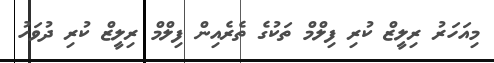
މިއަހަރު ރިލީޒް ކުރި ފިލްމް ތަކުގެ ތެރެއިން ފިލްމް ރިލީޒް ކުރި ދުވަހު